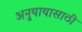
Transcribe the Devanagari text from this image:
अनुयायासाठी